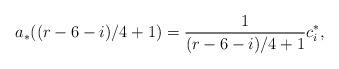
LaTeX: \begin{align*}a_*((r-6-i)/4+1)=\frac1{(r-6-i)/4+1}c_i^*,\end{align*}